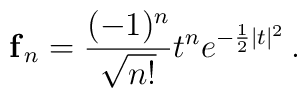
{\bf f}_n = \frac{(-1)^n}{\sqrt{n!}}t^n e^{-\frac{1}{2}|t|^2}\,.